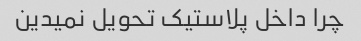
چرا داخل پلاستیک تحویل نمیدین